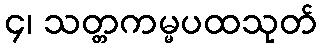
၄၊ သတ္တကမ္မပထသုတ်